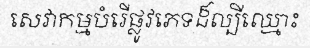
សេវាកម្មបំរើផ្លូវភេទដ៏ល្បីឈ្មោះ